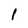
Character: I